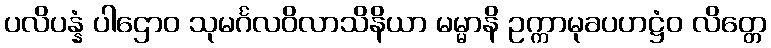
ပလိပန္နံ ပါဌောဝ သုမင်္ဂလဝိလာသိနိယာ မမ္မာနိ ဥက္ကာမုခပဟဋ္ဌံဝ လိတ္တေ